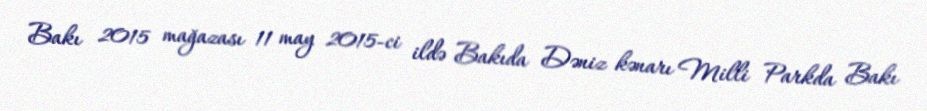
Bakı 2015 mağazası 11 may 2015-ci ildə Bakıda Dəniz kənarı Milli Parkda Bakı